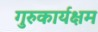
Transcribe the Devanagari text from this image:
गुरुकार्यक्षम